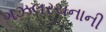
ગઝલરચનાની